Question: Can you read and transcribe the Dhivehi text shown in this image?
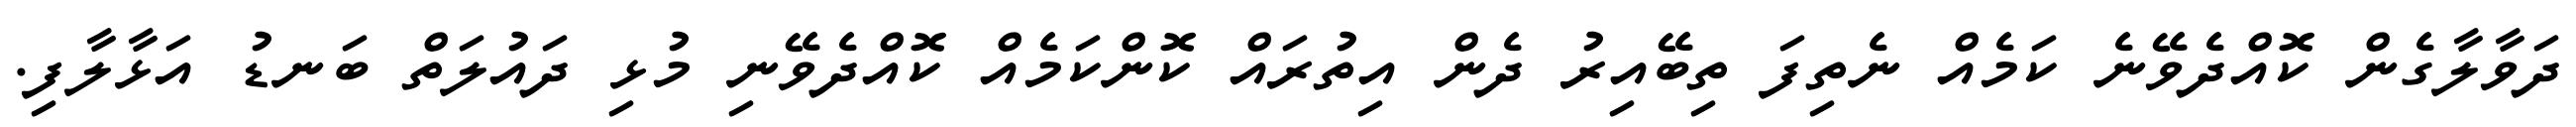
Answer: ދަވާލާގެން ކޮއްދެވޭނެ ކަމެއް ނެތިފަ ތިބޭއިރު ދެން އިތުރައް ކޮންކަމެއް ކޮއްދެވޭނި މުޅި ދައުލަތް ބަނޑު އަޅާލާފި.